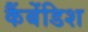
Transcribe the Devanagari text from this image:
कैंबेंडिश